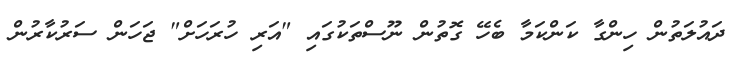
ދައުލަތުން ހިންގާ ކަންކަމާ ބެހޭ ގޮތުން ނޫސްތަކުގައި "އަރި ހުރަހަށް" ޖަހަން ސަރުކާރުން